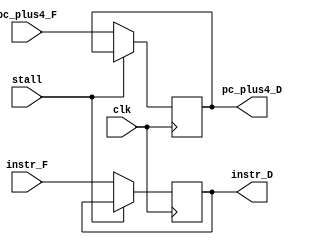
`timescale 1ns / 1ps
//////////////////////////////////////////////////////////////////////////////////
// Company: 
// 
// Design Name: 
// Module Name: IF_ID_REG
// Project Name: 
// Target Devices: 
// Tool Versions: 
// Description: 
// 
// Dependencies: 
// 
// Revision:
// Revision 0.01 - File Created
// Additional Comments:
// 
//////////////////////////////////////////////////////////////////////////////////


module IF_ID_Reg(
    input wire clk,
    input wire [31:0] instr_F,
    input wire [31:0] pc_plus4_F,
    input wire stall,
    output reg [31:0] instr_D,
    output reg [31:0] pc_plus4_D
);
integer n;
initial begin
    pc_plus4_D = 32'h0;
    instr_D = 32'h0;
end
always @ (posedge clk) begin
    if (stall) begin
      pc_plus4_D <= pc_plus4_D;  // No change during stall
      instr_D <= instr_D;        // No change during stall
    end else begin
      pc_plus4_D = pc_plus4_F;
      instr_D = instr_F;
    end
end
endmodule